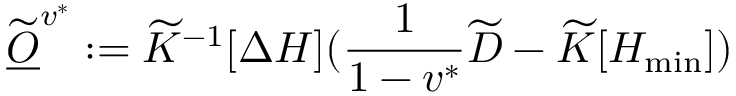
\widetilde { \underline { O } } ^ { v ^ { * } } : = \widetilde K ^ { - 1 } [ \Delta H ] ( \frac { 1 } { 1 - v ^ { * } } \widetilde D - \widetilde K [ H _ { \operatorname* { m i n } } ] )